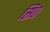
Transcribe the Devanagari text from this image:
सि०